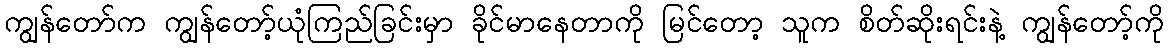
ကျွန်တော်က ကျွန်တော့်ယုံကြည်ခြင်းမှာ ခိုင်မာနေတာကို မြင်တော့ သူက စိတ်ဆိုးရင်းနဲ့ ကျွန်တော့်ကို